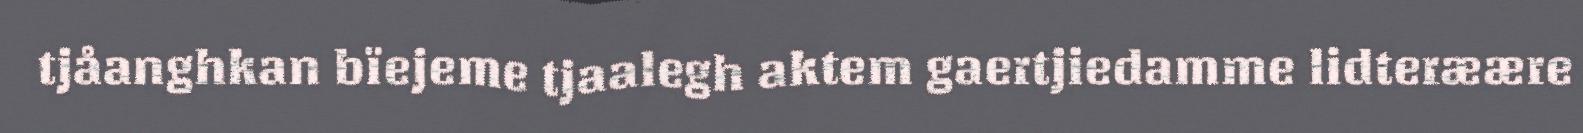
tjåanghkan bïejeme tjaalegh aktem gaertjiedamme lidteræære